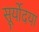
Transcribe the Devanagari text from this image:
सूर्योदया